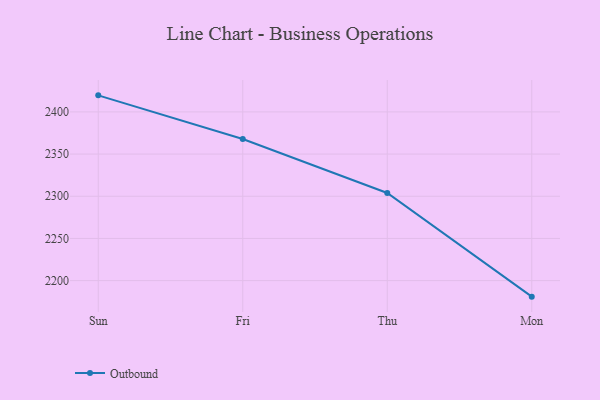
{"axis": {"x": "Day", "y": "Demand Index"}, "legend": ["Outbound"], "data": [{"x": "Sun", "y": 2419.6, "type": "Outbound"}, {"x": "Fri", "y": 2367.8, "type": "Outbound"}, {"x": "Thu", "y": 2303.9, "type": "Outbound"}, {"x": "Mon", "y": 2181.0, "type": "Outbound"}]}